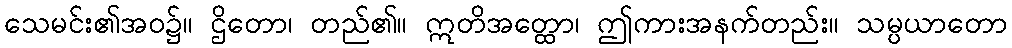
သေမင်း၏အဝ၌။ ဌိတော၊ တည်၏။ ဣတိအတ္ထော၊ ဤကားအနက်တည်း။ သမ္ပယာတော